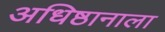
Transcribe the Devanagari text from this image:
अधिष्ठानाला